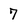
Character: 7